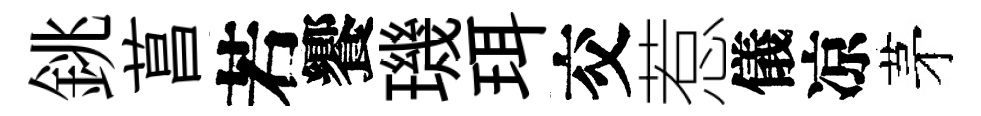
銚菖若饗璣珥交惹儀凉茅